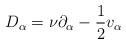
LaTeX: \begin{align*}D_{\alpha} = \nu \partial_{\alpha} - \frac{1}{2}v_{\alpha}\end{align*}